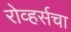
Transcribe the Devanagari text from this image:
रोव्हर्सचा